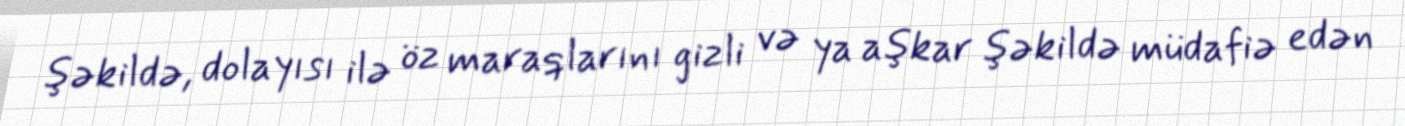
şəkildə, dolayısı ilə öz maraqlarını gizli və ya aşkar şəkildə müdafiə edən